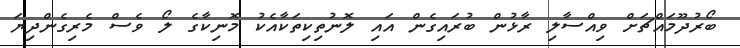
ބޯރުދޫމައްޗަށް ވިއްސާލި ރާޅުން ބުރައިގެން އައި ލޮނުތިކިތަކާއެކު މޮނިކާގެ ލޯ ވެސް މެރިގެންދިޔަ